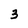
Character: 3